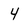
Character: 4